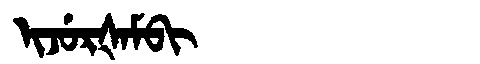
Manchu: ᡳᠵᡠᡵᡧᠠᠮᠪᡳ
Romanization: IJURŠAMBI